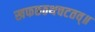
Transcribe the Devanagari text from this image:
खफछठथचटतव्॥